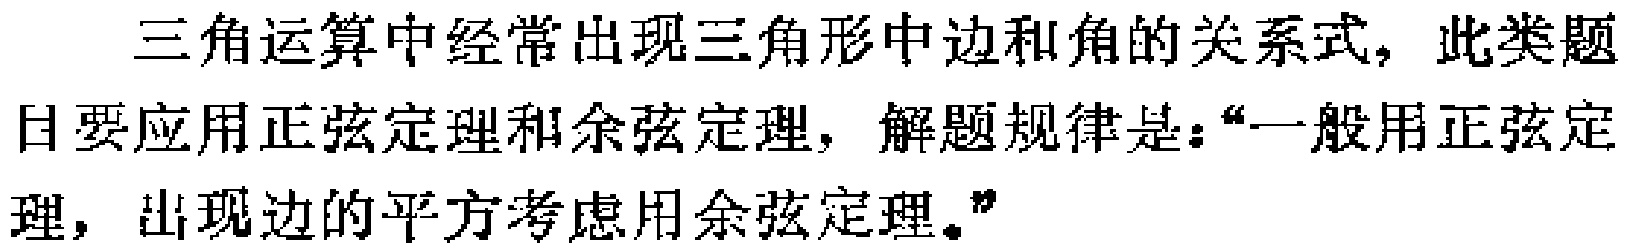
三角运算中经常出现三角形中边和角的关系式，此类题目要应用正弦定理和余弦定理，解题规律是：“一般用正弦定理，出现边的平方考虑用余弦定理。”